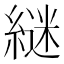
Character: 𮈵